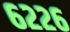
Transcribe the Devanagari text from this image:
६२२६